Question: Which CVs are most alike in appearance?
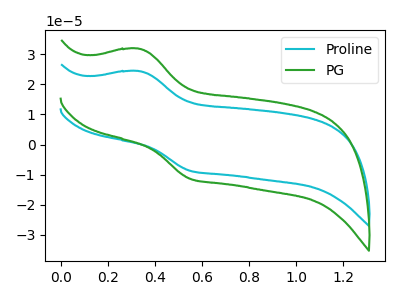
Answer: <think>The cyan curve "Proline" has an anodic peak at (0.35V, 24.40uA) and a cathodic peak at (0.55V, -8.75uA). The green curve "PG" has an anodic peak at (0.35V, 31.85uA) and a cathodic peak at (0.55V, -11.40uA).
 All the peaks in "Proline" have a peak in "PG" at the same potential. Every peak in "Proline" is lower than every peak in "PG".</think>
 <answer>"PG" and "Proline" have the same shape and are likely CV's of the same chemical.</answer>
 <eval>"PG" "Proline"</eval>